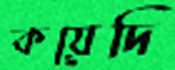
কয়েদি